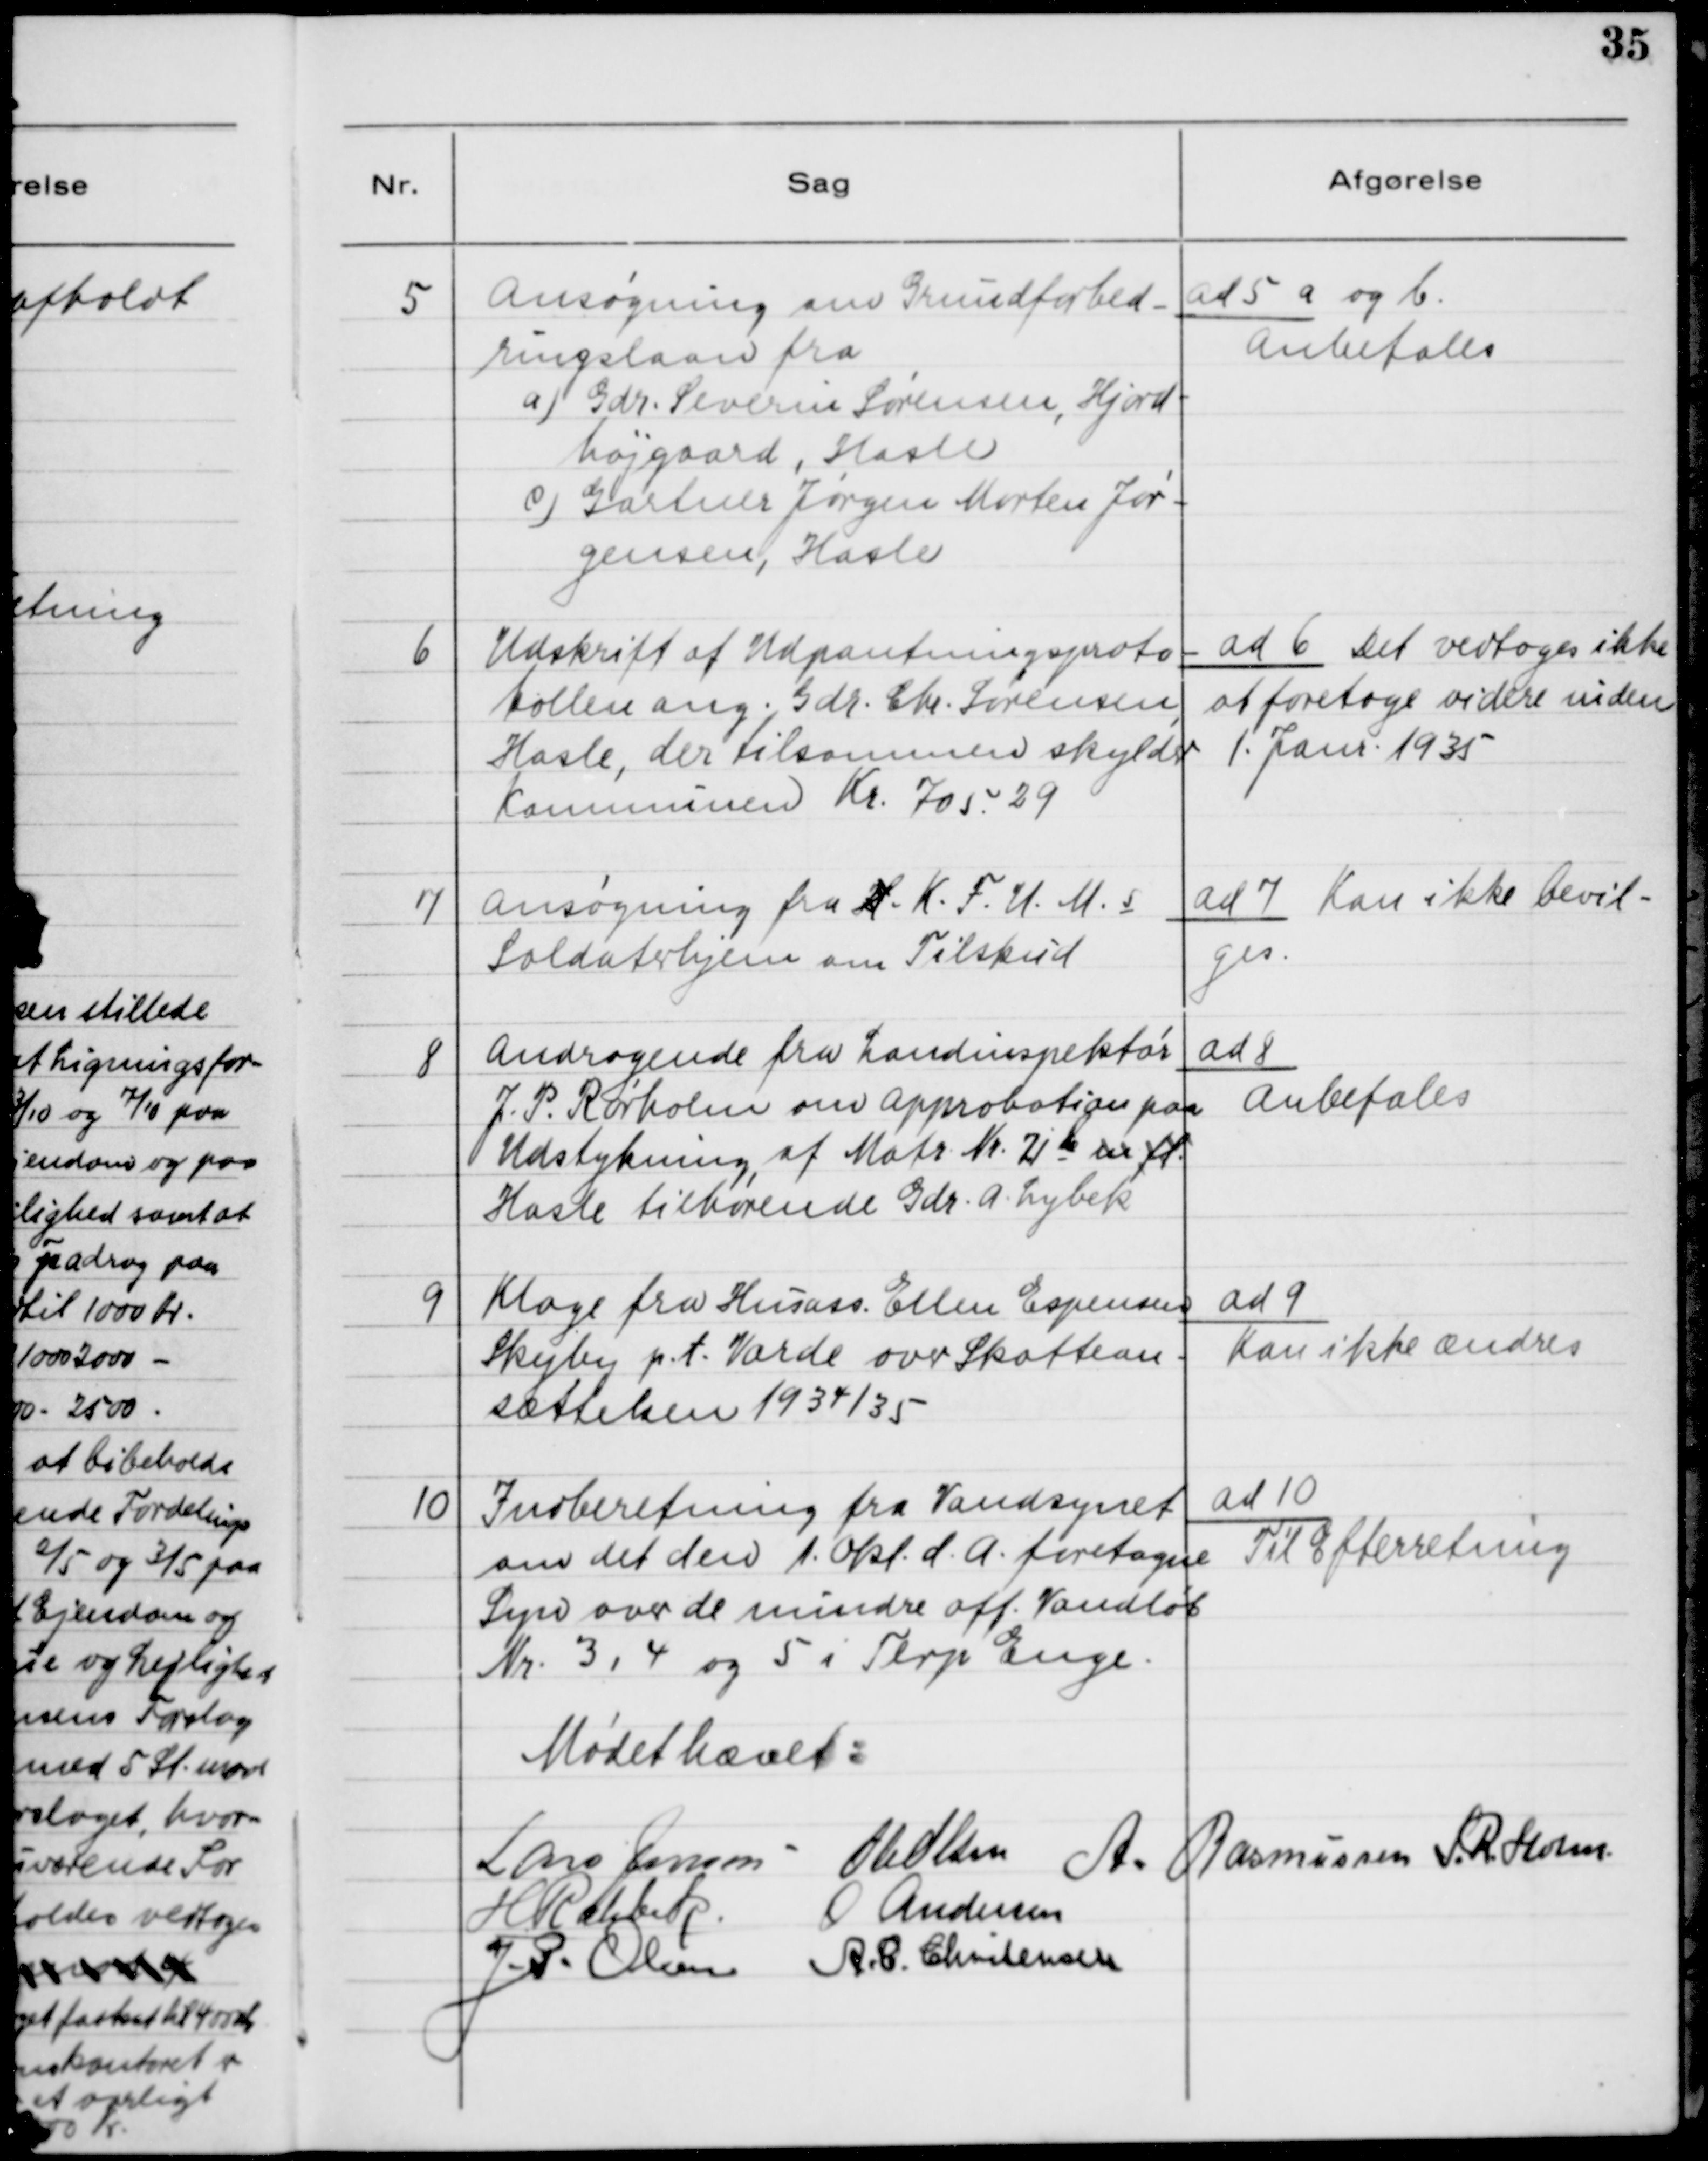
Transskription:
5

Ansøgning om Grundforbed-
ringslaan fra
a) Gdr. Severin Sørensen, Hjord-
højgaard, Hasle
c) Gartner Jørgen Morten Jør-
gensen, Hasle

ad 5 a og b
Anbefales

6

Udskrift af Udpantningsproto-
kollen ang. Gdr. Chr. Sørensen,
Hasle, der tilsammen skylder
Kommunen Kr. 705.29

ad 6. Det vedtoges ikke
at foretage videre inden
1. Janr. 1935

7

Ansøgning fra H. K.F.U.M.s
Soldaterhjem om Tilskud

ad 7. Kan ikke bevil-
ges.

8

Andragende fra Landinspektør
J. P. Rørholm om Approbation paa
Udstykning af Matr. Nr. 2 b m.fl.
Hasle tilhørende Gdr. A. Lybek

ad 8
Anbefales

9

Klage fra Husass. Ellen Espensen,
Skejby p.t. Varde over Skattean-
sættelsen 1934/35

ad 9.
Kan ikke ændres

10

Indberetning fra Vandsynet
om det den 1. Okt. d.A. foretagne
Syn over de mindre off. Vandløb
Nr. 3, 4 og 5 i Terp Enge.

ad 10.
Til Efterretning

Mødet hævet.